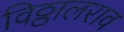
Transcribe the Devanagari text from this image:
विठ्ठालराव